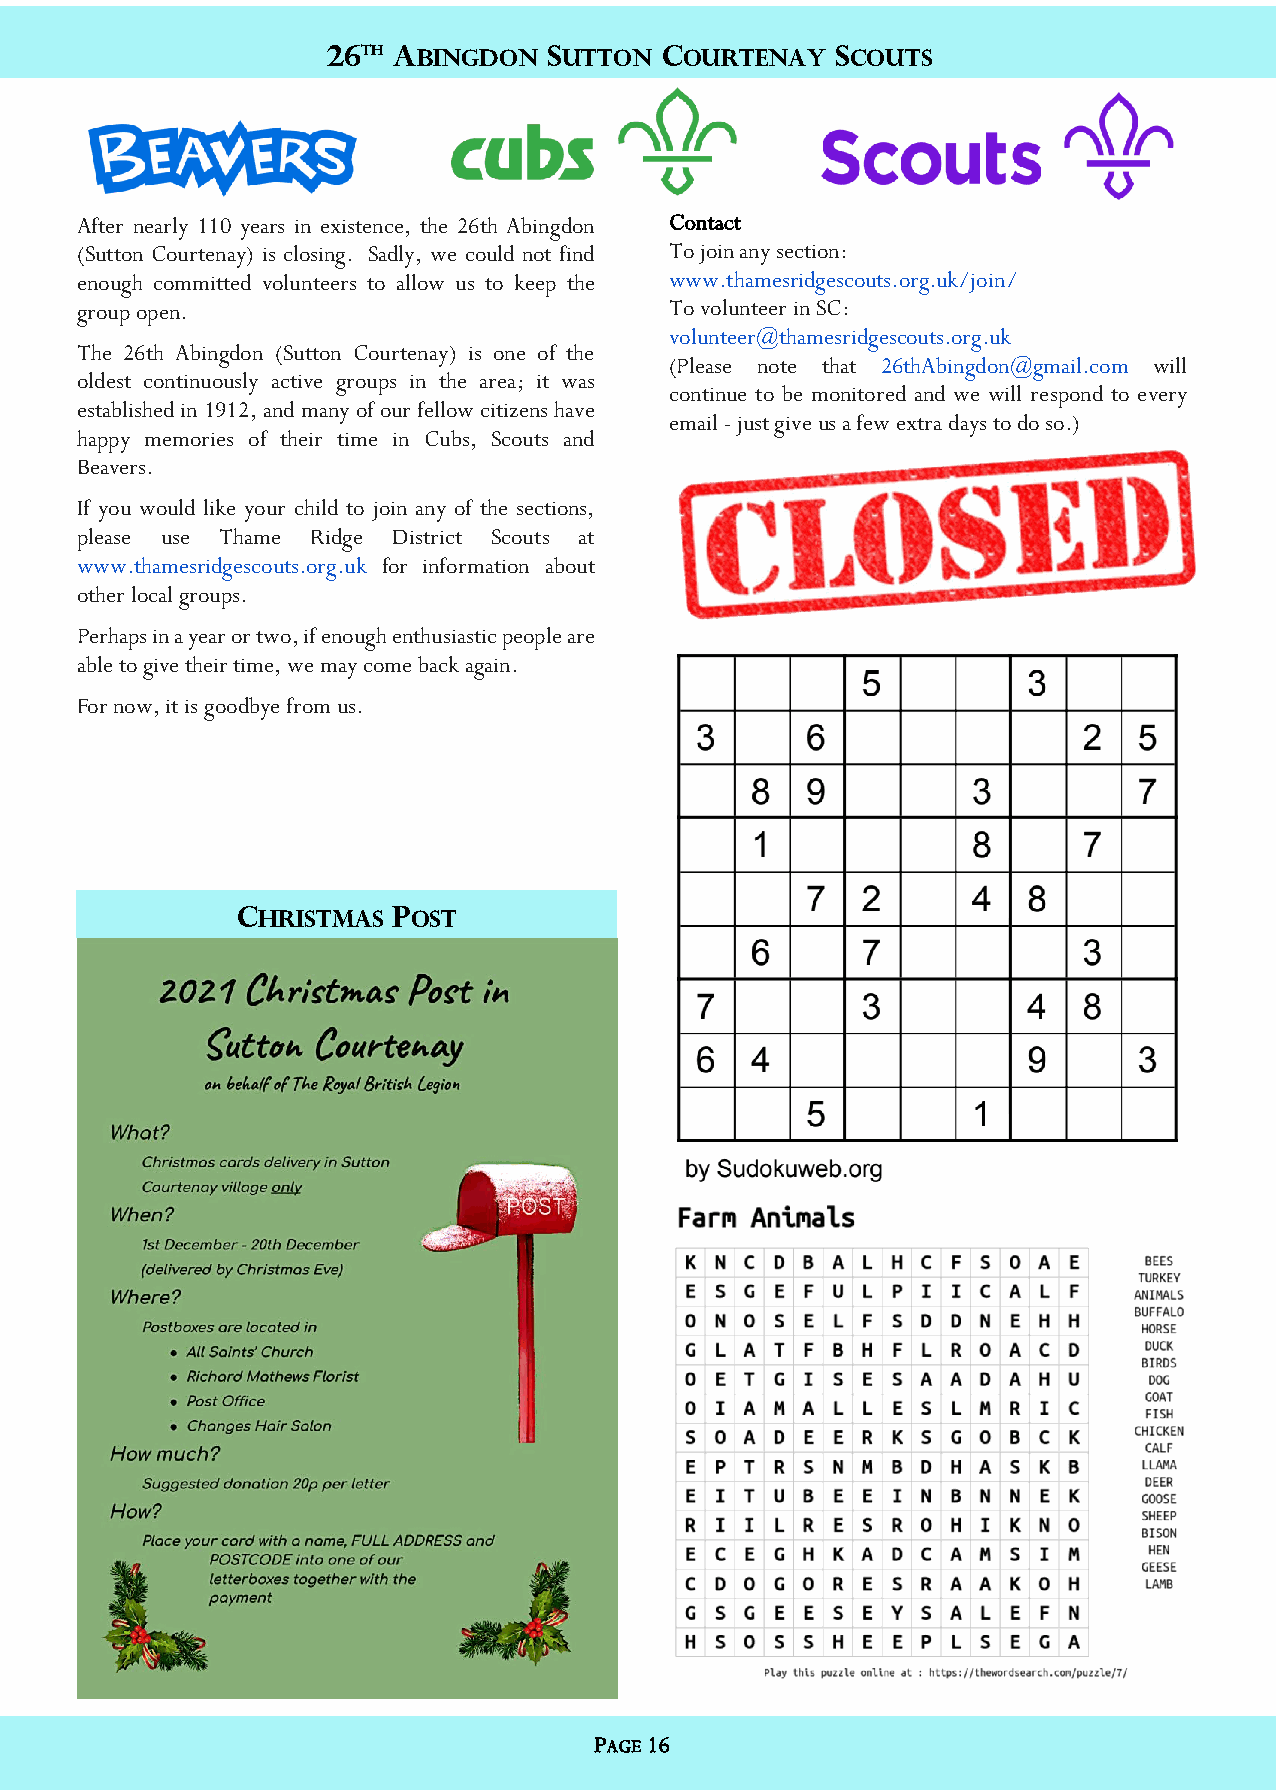
26TH ABINGDON SUTTON  COURTENAY  sCOUTS
 After nearly 110 years in existence, the 26th Abingdon Contact
 (Sutton Courtenay) is closing. Sadly, we could not find To join any section:
 enough committed volunteers to allow us to keep the www.thamesridgescouts.org.uk/join/
 group open.                            To volunteer in SC:
 volunteer@thamesridgescouts.org.uk
 The 26th Abingdon (Sutton Courtenay) is one of the
 (Please note that 26thAbingdon@gmail.com will
 oldest continuously active groups in the area; it was
 continue to be monitored and we will respond to every
 established in 1912, and many of our fellow citizens have
 email - just give us a few extra days to do so.)
 happy memories of their time in Cubs, Scouts and
 Beavers.
 If you would like your child to join any of the sections,
 please use Thame Ridge District Scouts at
 www.thamesridgescouts.org.uk for information about
 other local groups.
 Perhaps in a year or two, if enough enthusiastic people are
 able to give their time, we may come back again.
 For now, it is goodbye from us.
 CHRISTMAS POST
 PAGE 16